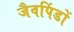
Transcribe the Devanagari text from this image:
जैवपिंडों